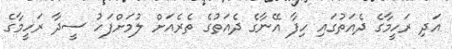
އަދި ރަހީމާގެ ދެއަތުގައި ހިފާ އޭނާގެ ދެއަތުގެ ތެރެއަށް ލުމަށްފަހު ސީދާ ރަހީމާގެ